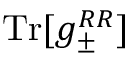
\operatorname { T r } [ g _ { \pm } ^ { R R } ]